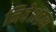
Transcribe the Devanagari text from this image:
निवेशद्रव्य